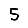
Digit: 5